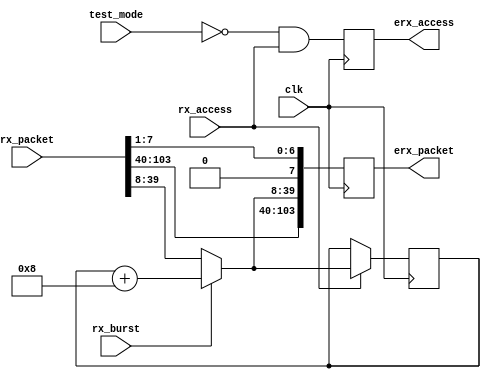
module erx_protocol_2 (
   erx_access, erx_packet,
   clk, test_mode, rx_packet, rx_burst, rx_access
   );
   parameter AW   = 32;
   parameter DW   = 32;
   parameter PW   = 104;
   parameter ID   = 12'h999; 
   input           clk;
   input 	   test_mode; 
   input [PW-1:0]  rx_packet;
   input 	   rx_burst;
   input 	   rx_access;
   output          erx_access;
   output [PW-1:0] erx_packet;
   reg [31:0] 	   dstaddr_reg;   
   wire [31:0] 	   dstaddr_next;
   wire [31:0] 	   dstaddr_mux;
   reg 		   erx_access;
   reg [PW-1:0]    erx_packet;
   wire [31:0] 	   rx_addr;
   assign        rx_addr[31:0]  = rx_packet[39:8];
   always @ (posedge clk)
     if(rx_access)
       dstaddr_reg[31:0]    <= dstaddr_mux[31:0];
   assign dstaddr_next[31:0] = dstaddr_reg[31:0] + 4'b1000;
   assign dstaddr_mux[31:0]  =  rx_burst ? dstaddr_next[31:0] :
			                   rx_addr[31:0];
   always @ (posedge clk)
     begin
	  erx_access          <= ~test_mode & rx_access;      	  
	  erx_packet[PW-1:0]  <= {rx_packet[PW-1:40],
				  dstaddr_mux[31:0],
				  {1'b0,rx_packet[7:1]} 
				  };                    
     end
endmodule